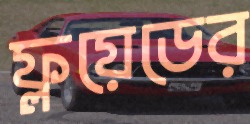
ফ্লয়েডের